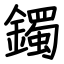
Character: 鐲